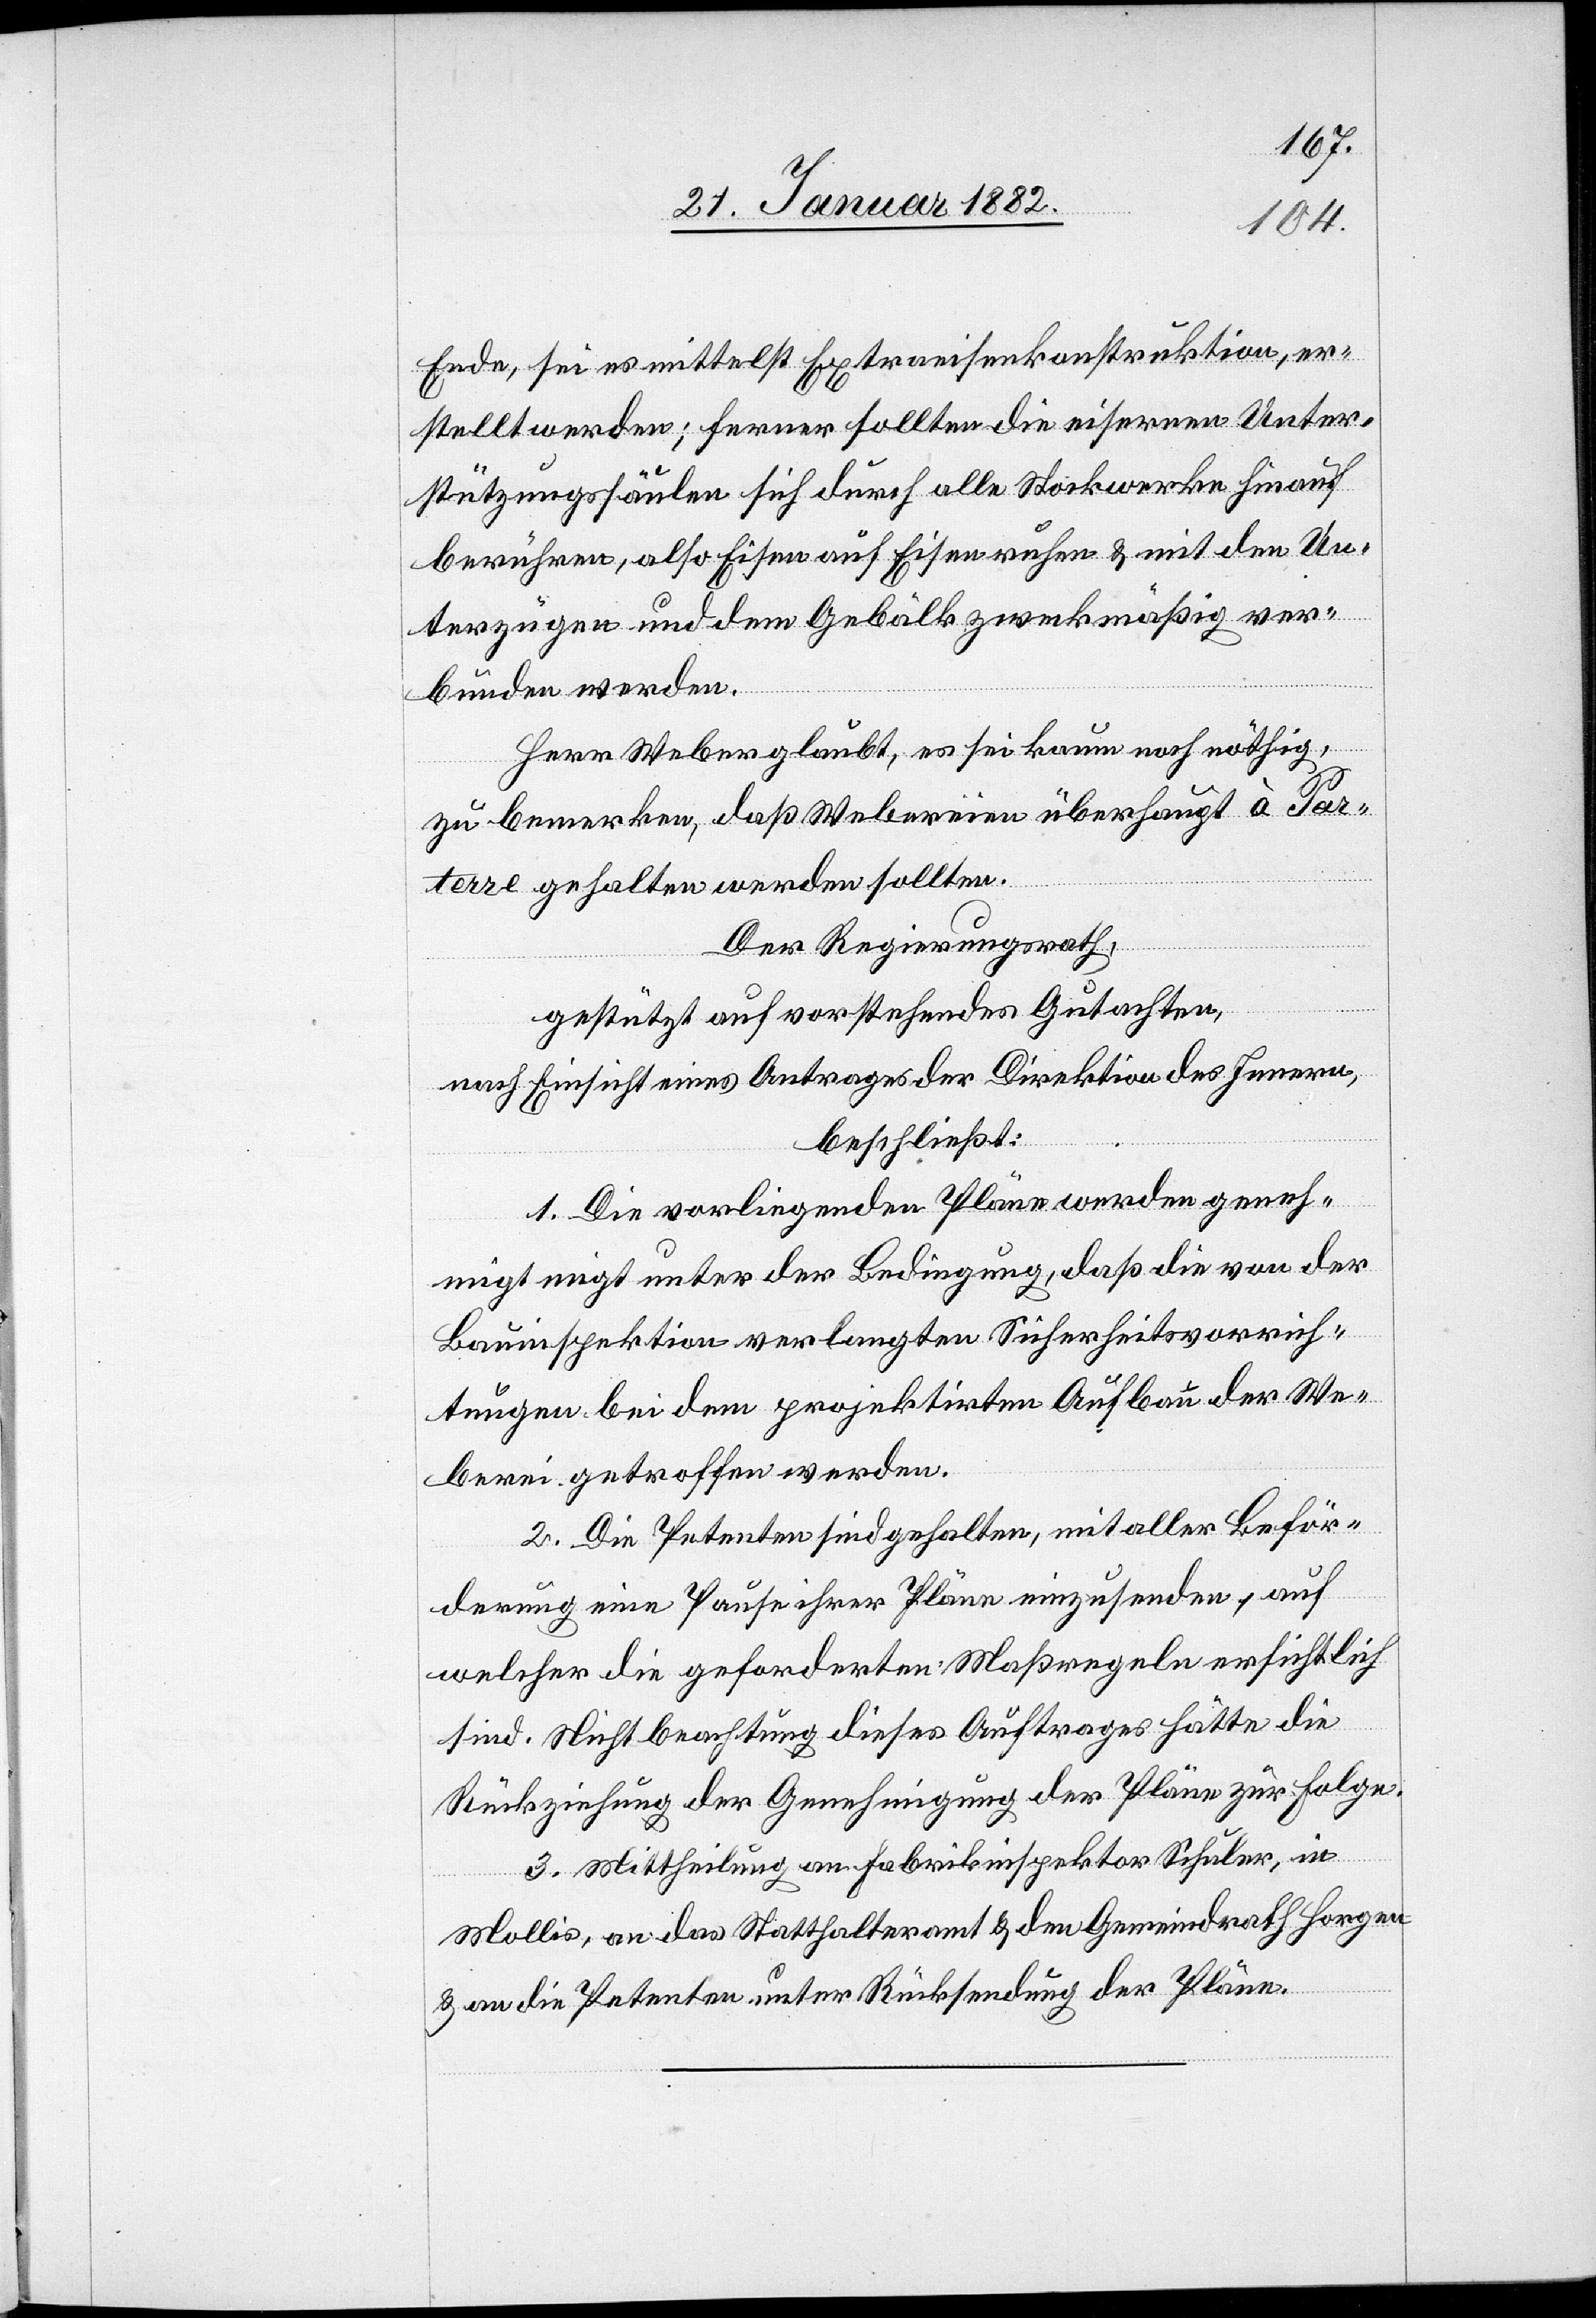
Ende, sei es mittelst Extraeisenkonstruktion, er¬
stellt werden; ferner sollten die eisernen Unter¬
stützungssäulen sich durch alle Stockwerke hinauf
berühren, also Eisen auf Eisen ruhen & mit den Un¬
terzügen und dem Gebälk zweckmäßig ver¬
bunden werden.
Herr Weber glaubt, es sei kaum noch nöthig,
zu bemerken, daß Webereien überhaupt à Par¬
terre gehalten werden sollten.
Der Regierungsrath,
gestützt auf vorstehendes Gutachten,
nach Einsicht eines Antrages der Direktion des Innern,
beschließt:
1. Die vorliegenden Pläne werden geneh¬
migt unter der Bedingung, daß die von der
Bauinspektion verlangten Sicherheitsvorrich¬
tungen bei dem projektirten Aufbau der We¬
berei getroffen werden.
2. Die Petenten sind gehalten, mit aller Beför¬
derung eine Pause ihrer Pläne einzusenden, auf
welcher die geforderten Maßregeln ersichtlich
sind. Nichtbeachtung dieses Auftrages hätte die
Rückziehung der Genehmigung der Pläne zur Folge.
3. Mittheilung an Fabrikinspektor Schuler, in
Mollis, an das Statthalteramt & den Gemeindrath Horgen
& an die Petenten unter Rücksendung der Pläne.